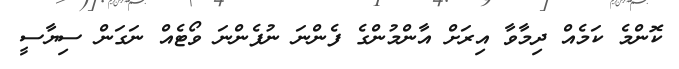
ކޮންމެ ކަމެއް ދިމާވާ އިރަށް އާންމުންގެ ފެންނަ ނުފެންނަ ވޯޓެއް ނަގަން ސިޔާސީ